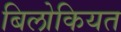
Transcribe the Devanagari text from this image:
बिलोकियत